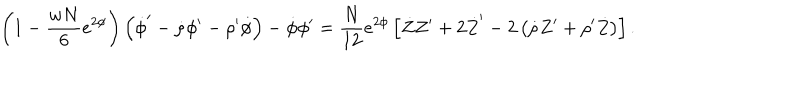
LaTeX: \left( 1 - \frac { w N } { 6 } e ^ { 2 \phi } \right) \left( \dot { \phi } ^ { \prime } - \dot { \rho } \phi ^ { \prime } - \rho ^ { \prime } \dot { \phi } \right) - \dot { \phi } \phi ^ { \prime } = \frac { N } { 1 2 } e ^ { 2 \phi } \left[ \dot { Z } Z ^ { \prime } + 2 \dot { Z } ^ { \prime } - 2 \left( \dot { \rho } Z ^ { \prime } + \rho ^ { \prime } \dot { Z } \right) \right] .